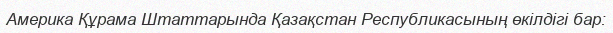
Америка Құрама Штаттарында Қазақстан Республикасының өкілдігі бар: